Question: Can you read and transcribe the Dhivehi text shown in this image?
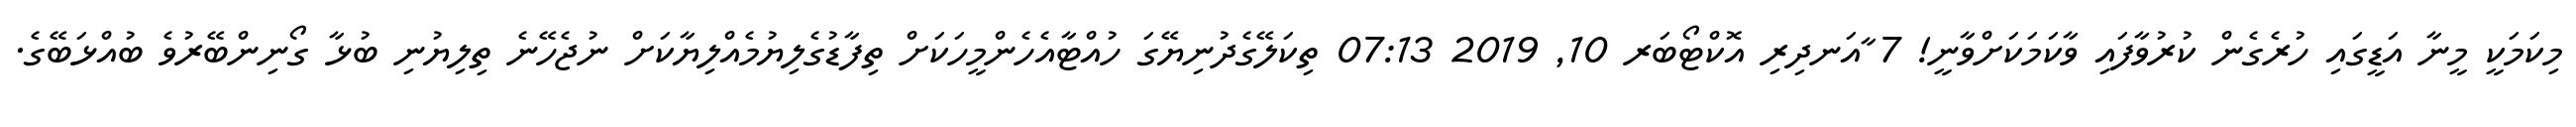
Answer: މިކަމަކީ މީނާ އަޑީގައި ހުރެގެން ކުރުވާފައި ވާކަމަކަށްވާނީ! 7 ާއަނދިރި އޮކްޓޯބަރ 10, 2019 07:13 ތިކަލޭގެދުނިޔޭގަ ހުއްޓާއެހެންމީހަކަށް ތިފާޑުގެލިޔުމެއްލިޔާކަށް ނުޖެހޭނެ ތިލިޔުނި ބުޅާ ގޯނިންބޭރުވެ ބުއްޅަބޭގެ.